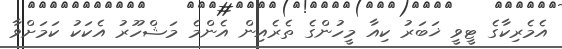
އެމެރިކާގެ ޓީވީ ޚަބަރު ކިއާ މީހުންގެ ތެރެއިން އެންމެ މަޝްހޫރު އެކަކު ކަމަށްވާ